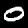
Label: 0